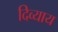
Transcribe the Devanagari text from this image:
दिव्याय